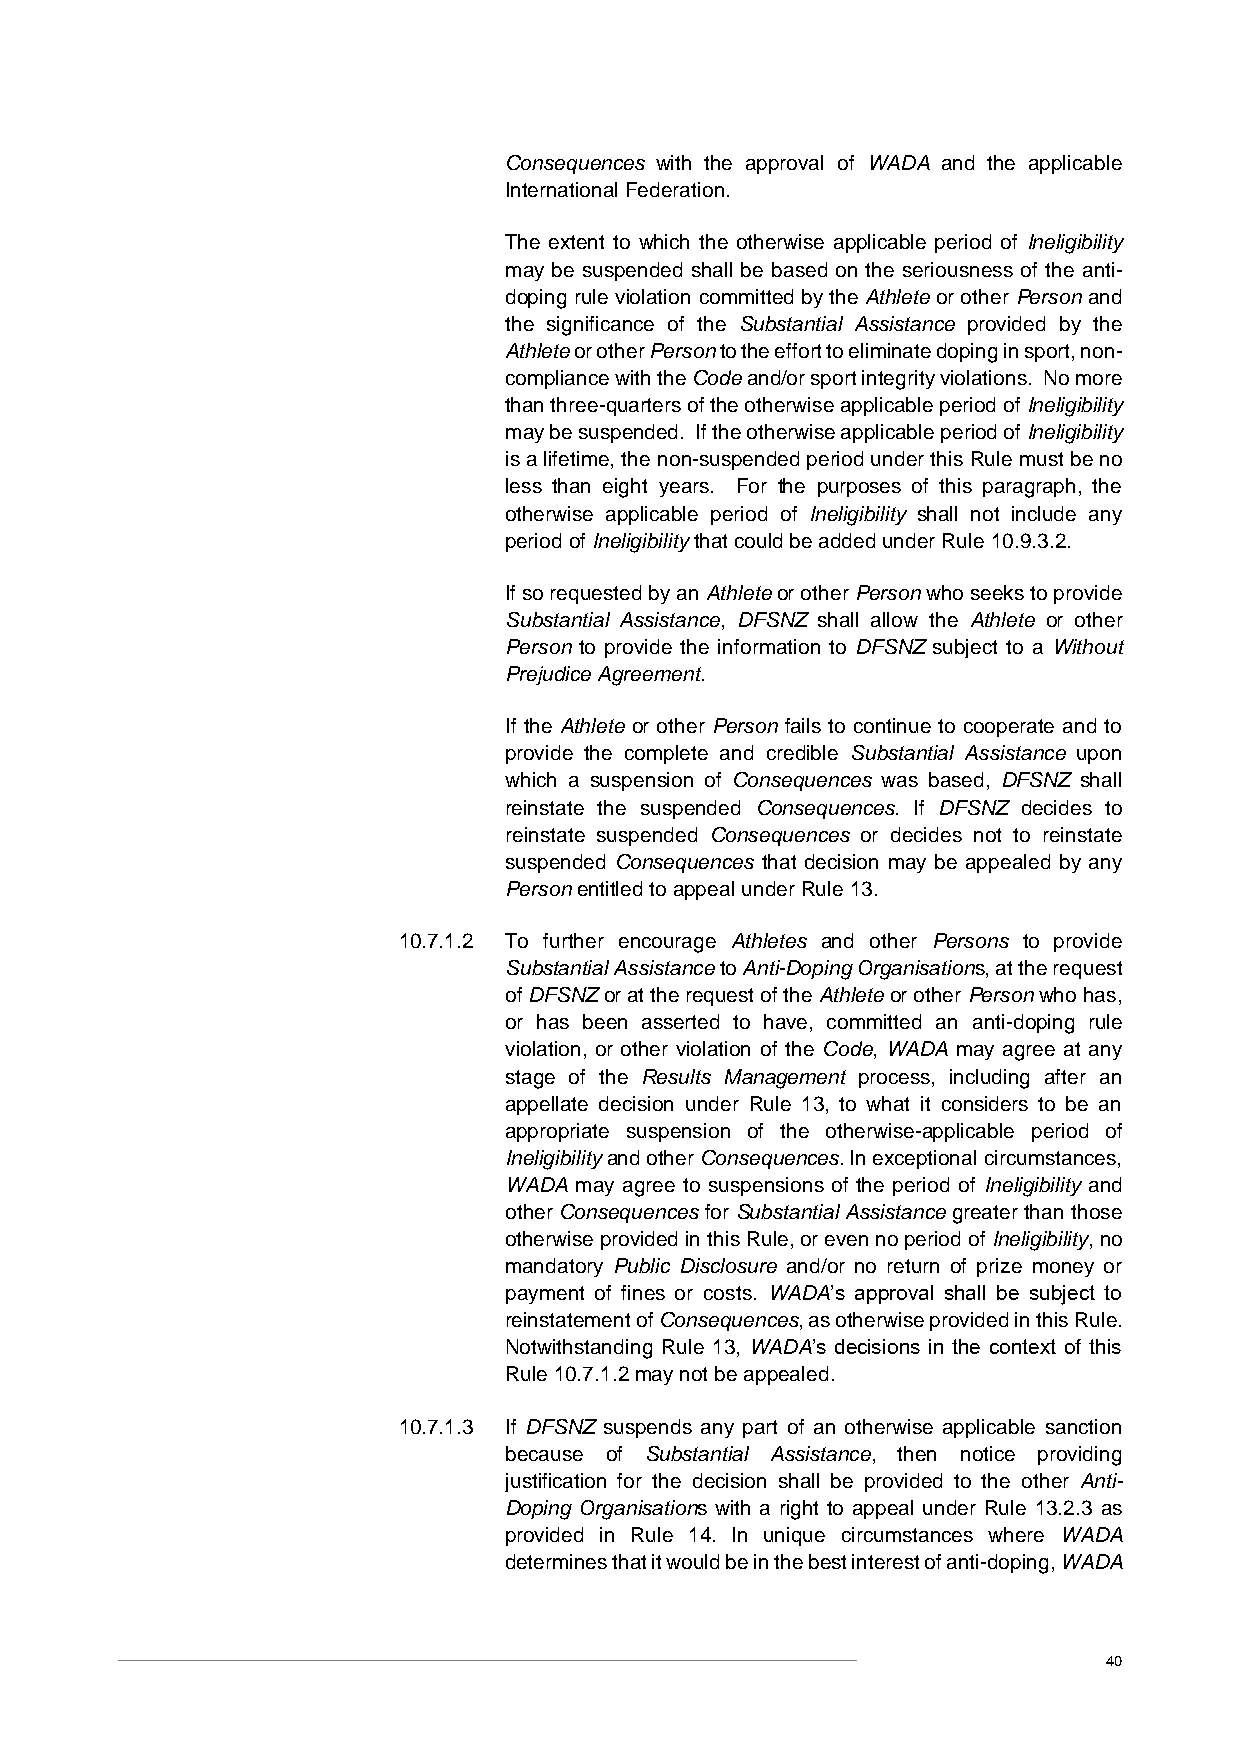
Consequences with the approval of WADA and the applicable
 International Federation.
 The extent to which the otherwise applicable period of Ineligibility
 may be suspended shall be based on the seriousness of the anti-
 doping rule violation committed by the Athlete or other Person and
 the significance of the Substantial Assistance provided by the
 Athlete or other Person to the effort to eliminate doping in sport, non-
 compliance with the Code and/or sport integrity violations. No more
 than three-quarters of the otherwise applicable period of Ineligibility
 may be suspended. If the otherwise applicable period of Ineligibility
 is a lifetime, the non-suspended period under this Rule must be no
 less than eight years. For the purposes of this paragraph, the
 otherwise applicable period of Ineligibility shall not include any
 period of Ineligibility that could be added under Rule 10.9.3.2.
 If so requested by an Athlete or other Person who seeks to provide
 Substantial Assistance, DFSNZ shall allow the Athlete or other
 Person to provide the information to DFSNZ subject to a Without
 Prejudice Agreement.
 If the Athlete or other Person fails to continue to cooperate and to
 provide the complete and credible Substantial Assistance upon
 which a suspension of Consequences was based, DFSNZ shall
 reinstate the suspended Consequences. If DFSNZ decides to
 reinstate suspended Consequences or decides not to reinstate
 suspended Consequences that decision may be appealed by any
 Person entitled to appeal under Rule 13.
 10.7.1.2 To further encourage Athletes and other Persons to provide
 Substantial Assistance to Anti-Doping Organisations, at the request
 of DFSNZ or at the request of the Athlete or other Person who has,
 or has been asserted to have, committed an anti-doping rule
 violation, or other violation of the Code, WADA may agree at any
 stage of the Results Management process, including after an
 appellate decision under Rule 13, to what it considers to be an
 appropriate suspension of the otherwise-applicable period of
 Ineligibility and other Consequences. In exceptional circumstances,
 WADA may agree to suspensions of the period of Ineligibility and
 other Consequences for Substantial Assistance greater than those
 otherwise provided in this Rule, or even no period of Ineligibility, no
 mandatory Public Disclosure and/or no return of prize money or
 payment of fines or costs. WADA’s approval shall be subject to
 reinstatement of Consequences, as otherwise provided in this Rule.
 Notwithstanding Rule 13, WADA’s decisions in the context of this
 Rule 10.7.1.2 may not be appealed.
 10.7.1.3 If DFSNZ suspends any part of an otherwise applicable sanction
 because of Substantial Assistance, then notice providing
 justification for the decision shall be provided to the other Anti-
 Doping Organisations with a right to appeal under Rule 13.2.3 as
 provided in Rule 14. In unique circumstances where WADA
 determines that it would be in the best interest of anti-doping, WADA
 40